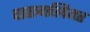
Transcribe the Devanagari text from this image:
वारागलियर